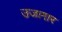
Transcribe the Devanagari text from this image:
उजागार